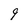
Character: 9